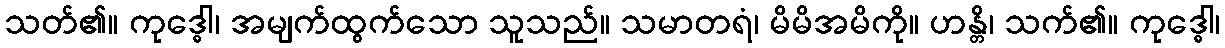
သတ်၏။ ကုဒ္ဓေါ၊ အမျက်ထွက်သော သူသည်။ သမာတရံ၊ မိမိအမိကို။ ဟန္တိ၊ သက်၏။ ကုဒ္ဓေါ၊